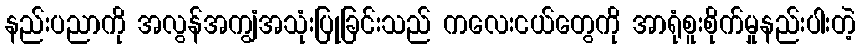
နည်းပညာကို အလွန်အကျွံအသုံးပြုခြင်းသည် ကလေးငယ်တွေကို အာရုံစူးစိုက်မှုနည်းပါးတဲ့